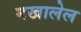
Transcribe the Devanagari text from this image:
मखालेल